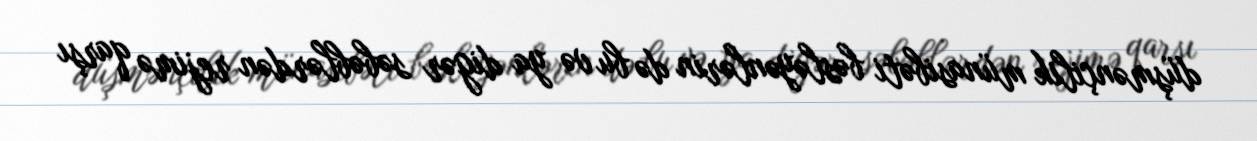
düşmənçilik münasibəti bəsləyənlərin də bu və ya digər səbəblərdən rejimə qarşı